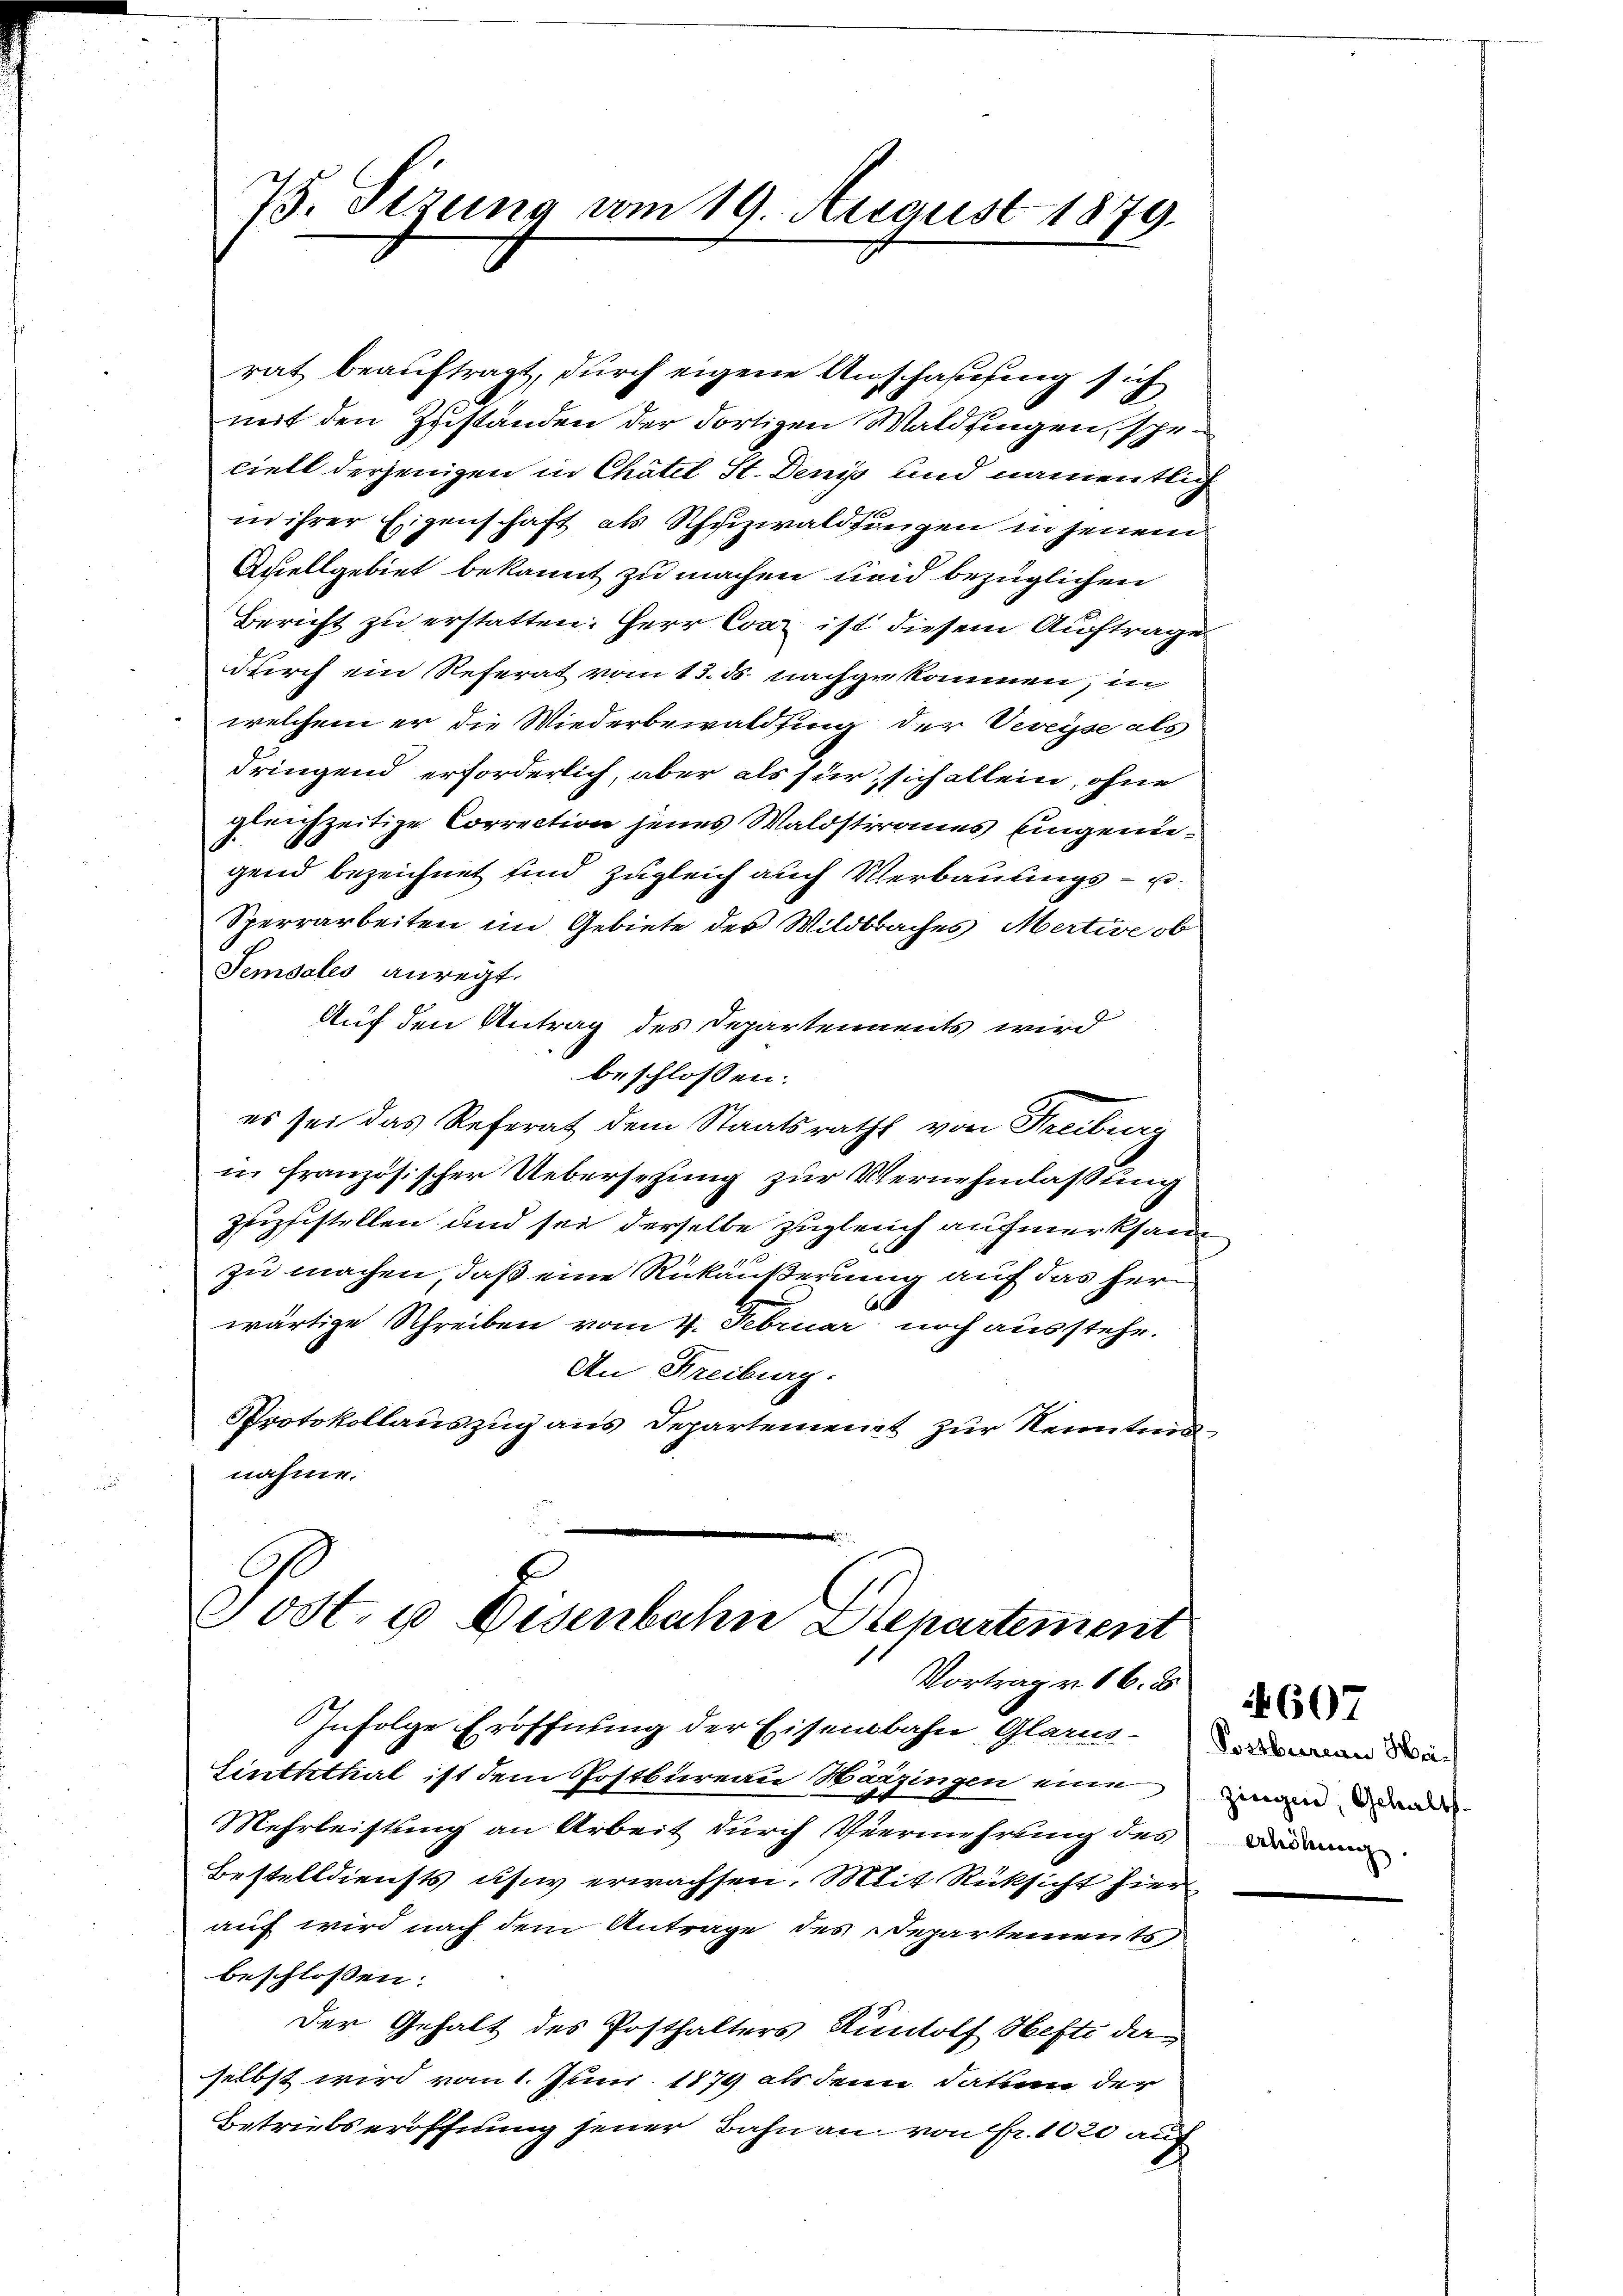
75. Dezung vom 19. August 1879.

rat beauftragt, durch eigene Anschaffung sich
mit den Zustanden der Fortigen Waldzingen, scheciell derjenigen in Chätel St. Denis und namentlich
in ihrer Eigenschaft als Schuzwaldungen in jenem
Quellgebiet bekannt zu machen und bezüglichen
Bericht zu erstatten: Herr Car ist diesem Auftrage
durch ein Referat vom 13. ds. nachgekommen, in
welchem er die Wiederbewaldung der Veveyse als
dringend erforderlich, aber als für sich allein, ohne
gleichzeitige Correction jenes Waldstrames eingenigend bezeichnet sind zugleich auch Verbauungs- u.
Sperrarbeiten im Gebiete des Wildbaches Mertie ob
Semsales anregt.
Auf den Antrag des Departements wird
beschlossen:
es sei das Referat dem Staatsrath von Freibung
in französischer Uebersetzung zur Vernehmlassung
Zizfistellen und sei derselbe zugleich aufmerksam
zu machen, daß eine Rückäußerung auf das her¬
6
wärtige Schreiben vom 4. Februar noch ausstehe.
An Kreiburg.
Protokollauszug aus Departement zur Kenntnis
nahme.

Post. u Disenbahn Departement
Vortrag v. 16. d.
Infolge Eröffnung der Eisenbahn Glarus-

Sinththal ist dem Postbureau Marzingen eine
Mehrleistung an Arbeit durch Vermehrung des
Bestelldiensts us erwachsen. Mit Rücksicht hier
auf wird nach dem Antrage des Departements,
beschlossen:
Der Gehalt des Posthalters Rudolf Hefte daselbst wird vom 1. Juni 1879 als denn dation der
Betriebseröffnung jener Bahn an von Fr. 1020 auf

Postbureau Heizingen, Gehalt
erhöhung.

607